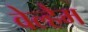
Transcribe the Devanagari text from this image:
वेल्हैम